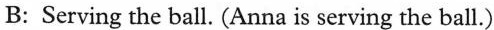
B: Serving the ball. (Anna is serving the ball.)